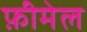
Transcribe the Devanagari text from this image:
फ़ीमेल